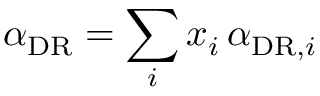
\alpha _ { \mathrm { D R } } = \sum _ { i } x _ { i } \, \alpha _ { \mathrm { D R } , i }